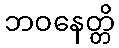
ဘဝနေတ္တိ